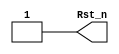
`timescale 1ns/1ps

module sys_rst_fm (                  
    Rst_n                   
    );

output          Rst_n            ;   // Generated reset
reg             Rst_n            ; 

initial
 begin
   Rst_n = 1;
 end
 
// -----------------------------------------------------------------------------
// Task: sys.rstOn
// Asserts reset (Rst_n=0 & Rst=1)
// -----------------------------------------------------------------------------
task rstOn; begin
    Rst_n=0;
end
endtask // rstOn

// -----------------------------------------------------------------------------
// Task: sys.rstOff
// Deasserts reset (Rst_n=0 & Rst=1)
// -----------------------------------------------------------------------------
task rstOff; begin
    Rst_n=1;
end
endtask // rstOff

// 

endmodule